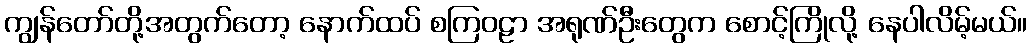
ကျွန်တော်တို့အတွက်တော့ နောက်ထပ် စကြဝဠာ အရုဏ်ဦးတွေက စောင့်ကြိုလို့ နေပါလိမ့်မယ်။